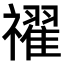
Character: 𥜔